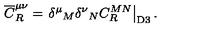
{ \overline { C } } _ { R } ^ { \mu \nu } = \left. { \delta ^ { \mu } } _ { M } { \delta ^ { \nu } } _ { N } C _ { R } ^ { M N } \right| _ { \mathrm { D 3 } } .